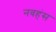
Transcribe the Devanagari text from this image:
नवहंस